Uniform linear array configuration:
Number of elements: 12
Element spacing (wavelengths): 1
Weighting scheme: cosine
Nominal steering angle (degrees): -60
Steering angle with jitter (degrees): -58.026
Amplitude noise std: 0.05
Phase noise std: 0.05

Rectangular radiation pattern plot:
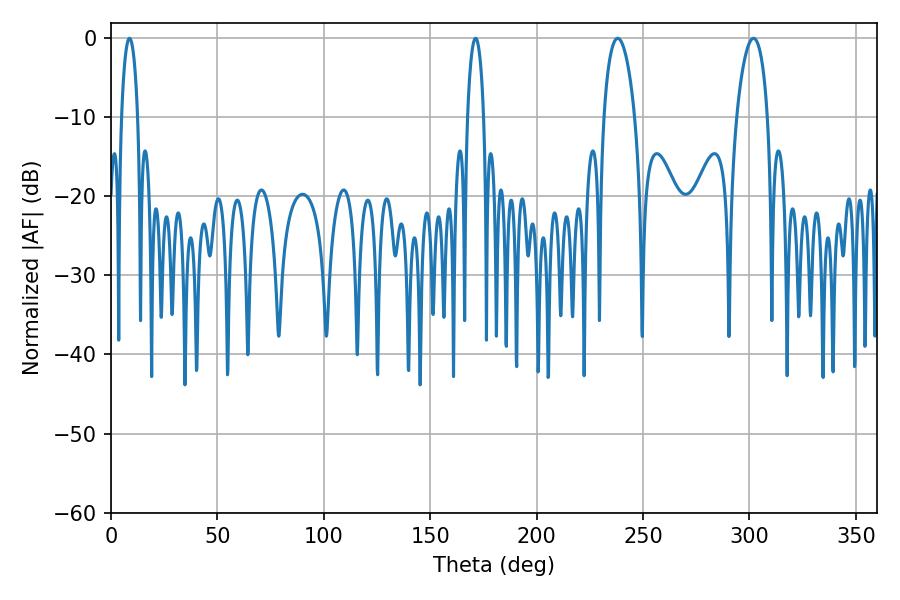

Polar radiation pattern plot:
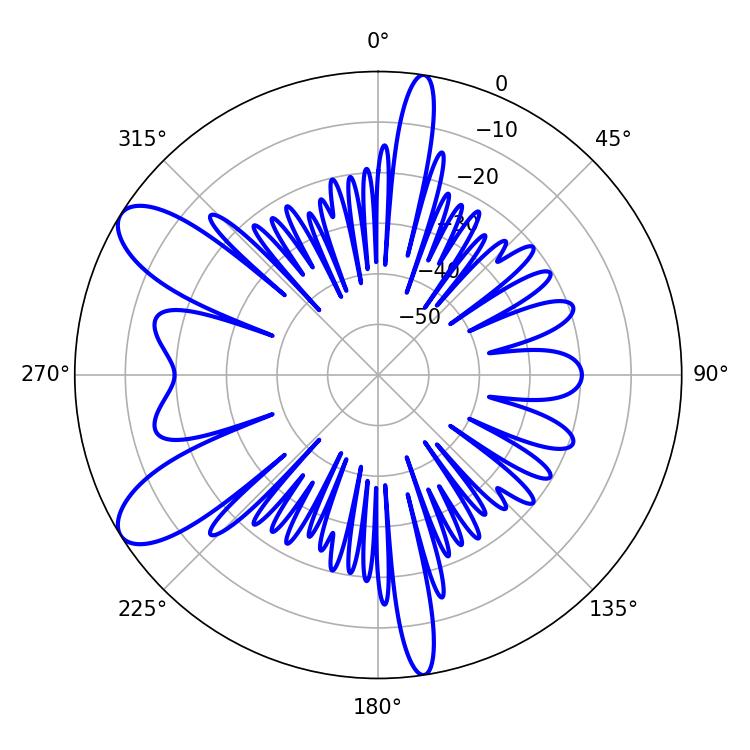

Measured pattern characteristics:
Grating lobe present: TRUE
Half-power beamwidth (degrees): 8.28
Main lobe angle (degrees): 238.14